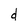
Character: d